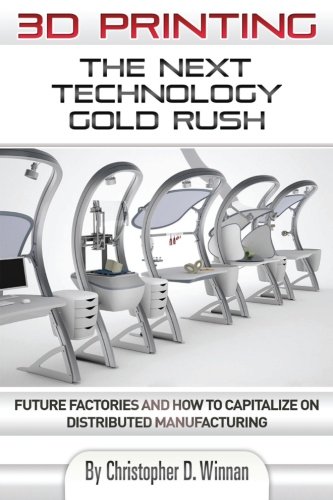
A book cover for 3D Printing: The Next Technology Gold Rush - Future Factories and How to Capitalize on Distributed Manufacturing; Christopher D. Winnan; Computers & Technology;